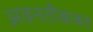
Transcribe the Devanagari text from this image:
अवनतीबाबत